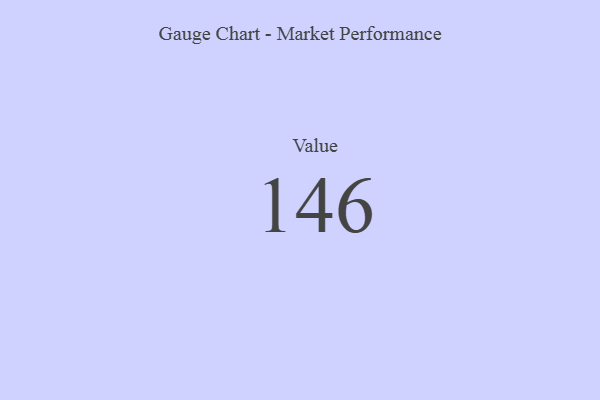
{"axis": {"x": "Metric", "y": "Value"}, "legend": [""], "data": [{"x": "Value", "y": 146, "type": ""}]}